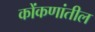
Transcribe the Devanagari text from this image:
कोंकणांतील